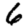
Digit: 6